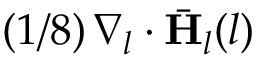
( 1 / 8 ) \, \nabla _ { l } \cdot \bar { \mathbf { H } } _ { l } ( l )